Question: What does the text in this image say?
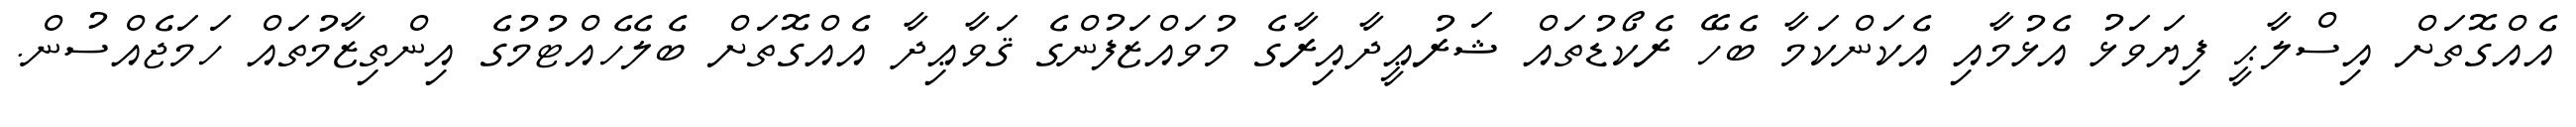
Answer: އެއްގޮތަށް އިސްލާޙީ ފިޔަވަޅު އެޅުމާއި އެކަންކަމާ ބެހޭ ރެކޯޑުތައް ޝަރުޢީދާއިރާގެ މުވައްޒަފުންގެ ޤަވާޢިދާ އެއްގޮތަށް ބެލެހެއްޓުމުގެ އިންތިޒާމުތައް ހަމަޖެއްސުން.